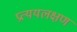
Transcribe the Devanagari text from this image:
प्रत्ययलक्षण